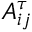
A _ { i j } ^ { \tau }